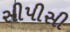
સીપીસી